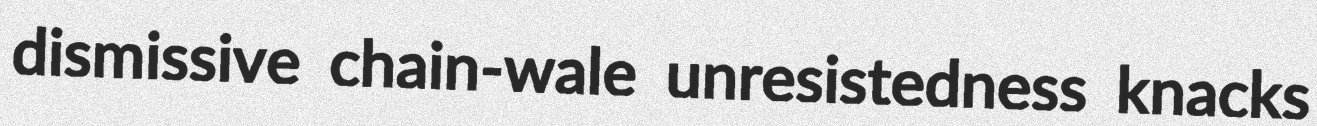
dismissive chain-wale unresistedness knacks